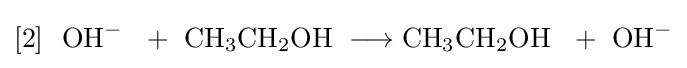
{[2]~\ \mathrm {OH} {\vphantom {A}}^{-}~\ {}+{}\ \mathrm {CH} {\vphantom {A}}_{\smash[{t}]{3}}\mathrm {CH} {\vphantom {A}}_{\smash[{t}]{2}}\mathrm {OH} \ {}\mathrel {\longrightarrow } {}\mathrm {CH} {\vphantom {A}}_{\smash[{t}]{3}}\mathrm {CH} {\vphantom {A}}_{\smash[{t}]{2}}\mathrm {OH} ~\ {}+{}\ \mathrm {OH} {\vphantom {A}}^{-}}